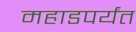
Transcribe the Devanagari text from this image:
महाडपर्यंत